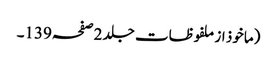
(ماخوذ از ملفوظات جلد 2صفحہ139۔